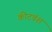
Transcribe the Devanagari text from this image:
कीटवंश